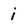
Character: i